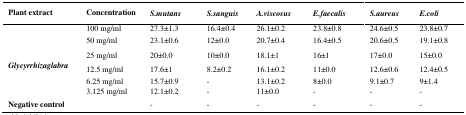
<table><thead><tr><td><b>Plant extract</b></td><td><b>Concentration</b></td><td><b><i>S.mutans</i></b></td><td><b><i>S.sanguis</i></b></td><td><b><i>A.viscosus</i></b></td><td><b><i>E.faecalis</i></b></td><td><b><i>S.aureus</i></b></td><td><b><i>E.coli</i></b></td></tr></thead><tbody><tr><td rowspan="6"><b><i>Glycyrrhizaglabra</i></b></td><td>100 mg/ml</td><td>27.3±1.3</td><td>16.4±0.4</td><td>26.1±0.2</td><td>23.8±0.8</td><td>24.6±0.5</td><td>23.8±0.7</td></tr><tr><td>50 mg/ml</td><td>23.1±0.6</td><td>12±0.0</td><td>20.7±0.4</td><td>16.4±0.5</td><td>20.6±0.5</td><td>19.1±0.8</td></tr><tr><td>25 mg/ml</td><td>20±0.0</td><td>10±0.0</td><td>18.1±1</td><td>16±1</td><td>17±0.0</td><td>15±0.0</td></tr><tr><td>12.5 mg/ml</td><td>17.6±1</td><td>8.2±0.2</td><td>16.1±0.2</td><td>11±0.0</td><td>12.6±0.6</td><td>12.4±0.5</td></tr><tr><td>6.25 mg/ml</td><td>15.7±0.9</td><td>-</td><td>13.1±0.2</td><td>8±0.0</td><td>9.1±0.7</td><td>9±1.4</td></tr><tr><td>3.125 mg/ml</td><td>12.1±0.2</td><td>-</td><td>11±0.0</td><td>-</td><td>-</td><td>-</td></tr><tr><td><b>Negative control</b></td><td>[EMPTY_CELL]</td><td>-</td><td>-</td><td>-</td><td>-</td><td>-</td><td>-</td></tr></tbody></table>